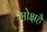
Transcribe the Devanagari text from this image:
मोक्षहै